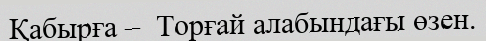
Қабырға –  Торғай алабындағы өзен.